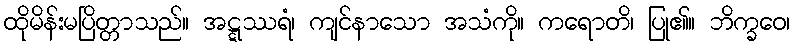
ထိုမိန်းမပြိတ္တာသည်။ အဋ္ဋဿရံ၊ ကျင်နာသော အသံကို။ ကရောတိ၊ ပြု၏။ ဘိက္ခဝေ၊